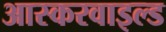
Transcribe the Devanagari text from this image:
आस्करवाइल्ड